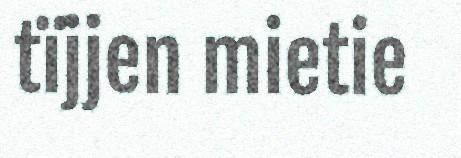
tïjjen mietie